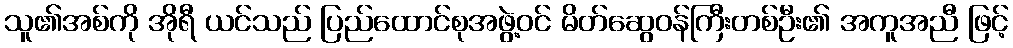
သူ၏အစ်ကို အိုရီ ယင်သည် ပြည်ထောင်စုအဖွဲ့ဝင် မိတ်ဆွေဝန်ကြီးတစ်ဦး၏ အကူအညီ ဖြင့်